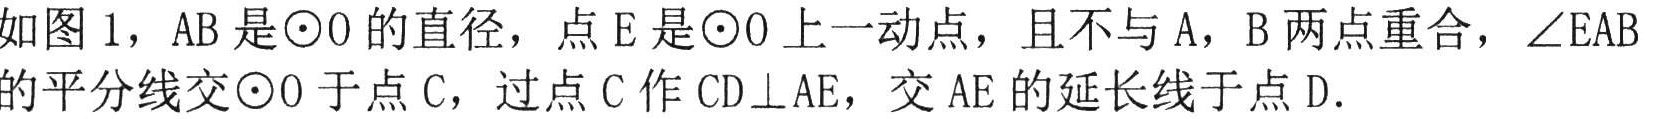
如图 1，AB 是\(\odot O\)的直径，点 E 是\(\odot O\)上一动点，且不与 A，B 两点重合，\(\angle EAB\)的平分线交\(\odot O\)于点 C，过点 C 作\(CD\perp AE\)，交 AE 的延长线于点 D.